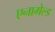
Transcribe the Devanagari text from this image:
एनामेल्ड